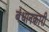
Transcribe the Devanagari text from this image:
बंधानकारी